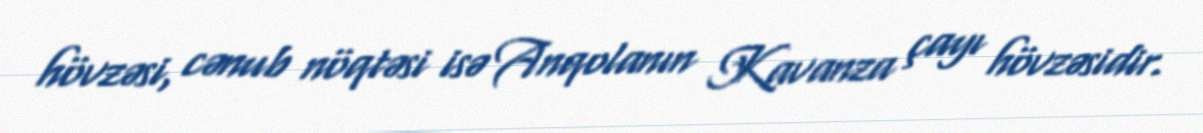
hövzəsi, cənub nöqtəsi isə Anqolanın Kavanza çayı hövzəsidir.